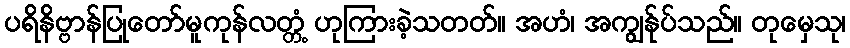
ပရိနိဗ္ဗာန်ပြုတော်မူကုန်လတ္တံ့ ဟုကြားခဲ့သတတ်။ အဟံ၊ အကျွန်ုပ်သည်။ တုမှေသု၊